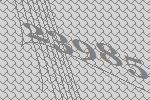
23985